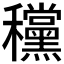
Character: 𥤗